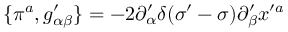
\{ \pi ^ { a } , g _ { \alpha \beta } ^ { \prime } \} = - 2 \partial _ { \alpha } ^ { \prime } \delta ( \sigma ^ { \prime } - \sigma ) \partial _ { \beta } ^ { \prime } x ^ { \prime a }